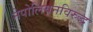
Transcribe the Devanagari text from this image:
नेपोलियनविरुद्ध